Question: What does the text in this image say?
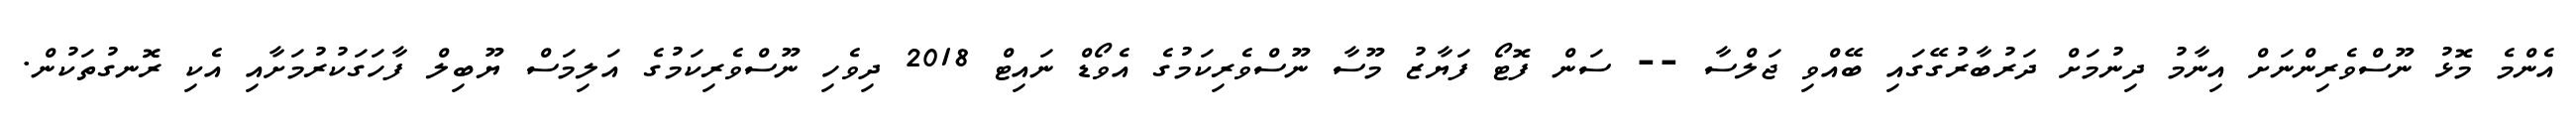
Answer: އެންމެ މޮޅު ނޫސްވެރިންނަށް އިނާމު ދިނުމަށް ދަރުބާރުގޭގައި ބޭއްވި ޖަލްސާ -- ސަން ފޮޓޯ ފަޔާޒު މޫސާ ނޫސްވެރިކަމުގެ އެވޯޑް ނައިޓް 2018 ދިވެހި ނޫސްވެރިކަމުގެ އަލިމަސް ޔޫބިލް ފާހަގަކުރުމަށާއި އެކި ރޮނގުތަކުން.